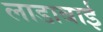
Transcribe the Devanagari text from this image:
लाडाबाई